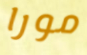
مورا